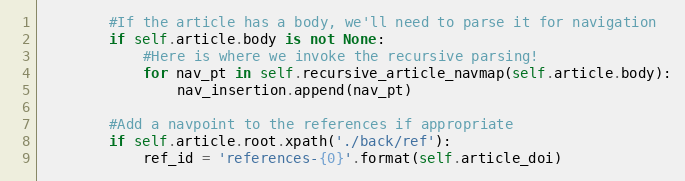
Language: Python
        #If the article has a body, we'll need to parse it for navigation
        if self.article.body is not None:
            #Here is where we invoke the recursive parsing!
            for nav_pt in self.recursive_article_navmap(self.article.body):
                nav_insertion.append(nav_pt)

        #Add a navpoint to the references if appropriate
        if self.article.root.xpath('./back/ref'):
            ref_id = 'references-{0}'.format(self.article_doi)